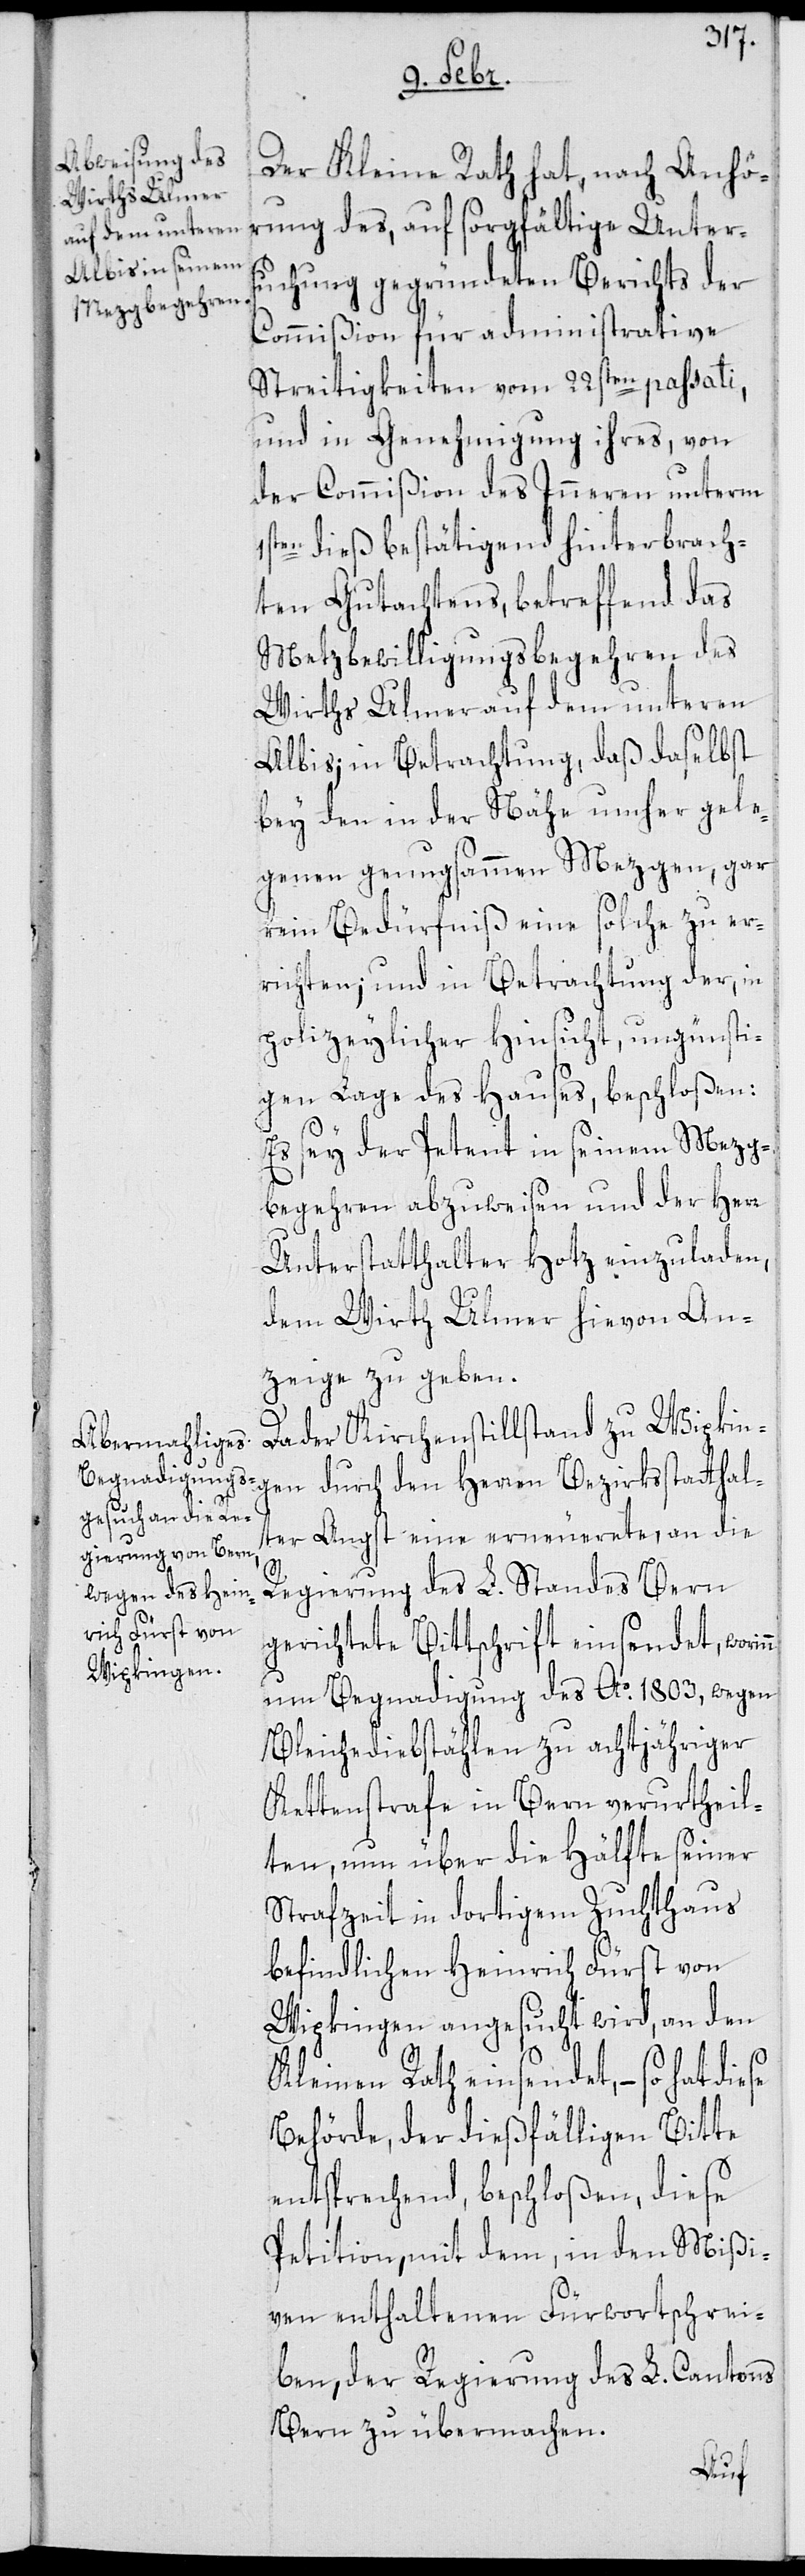
Der Kleine Rath hat, nach Anhö¬
rung des, auf sorgfältige Unters¬
uchung gegründeten Berichts der
Commißion für administrative
Streitigkeiten vom 22sten passati,
und in Genehmigung ihres, von
der Commißion des Inneren unterm
1sten dieß bestätigend hinterbrach¬
ten Gutachtens, betreffend das
Metzgbewilligungsbegehren des
Wirths Ulmer auf dem unteren
Albis; in Betrachtung daß daselbst
bey den in der Nähe umher gele¬
genen genugsammen Metzgen, gar
kein Bedürfniß eine solche zu er¬
richten; und in Betrachtung der, in
polizeylicher Hinsicht ungünsti¬
gen Lage des Hauses, beschloßen:
Es sey der Petent in seinem Mezg¬
begehren abzuweisen und der Herr
Unterstatthalter Hotz einzuladen,
dem Wirth Ulmer hievon An¬
zeige zu geben.
Da der Kirchenstillstand zu Wipkin¬
gen durch den Herren Bezirksstatthal¬
ter Angst eine erneuerte, an die
Regierung des L. Standes Bern
gerichtete Bittschrift einsendet, wori¬
um Begnadigung des Ao 1803, wegen
Bleichediebstählen zu achtjähriger
Kettenstrafe in Bern verurtheil¬
ten, nun über die Hälfte seiner
Strafzeit in dortigem Zuchthaus
befindlichen Heinrich Fürst von
Wipkingen angesucht wird, an den
Kleinen Rath einsendet, – so hat
Behörde, der dießfälligen Bitte
entsprechend beschloßen, diese
Petition mit dem in den Mißi¬
ven enthaltenen Fürwortschrei¬
ben, der Regierung des L. Cantons
Bern zu übermachen.
nn